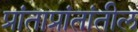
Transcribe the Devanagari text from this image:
प्रांताप्रांतांतील